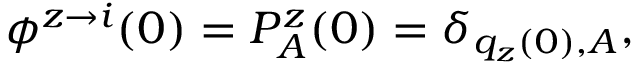
\phi ^ { z \rightarrow i } ( 0 ) = P _ { A } ^ { z } ( 0 ) = \delta _ { q _ { z } ( 0 ) , A } ,